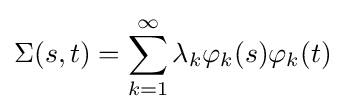
\Sigma (s,t)=\sum _{k=1}^{\infty }\lambda _{k}\varphi _{k}(s)\varphi _{k}(t)